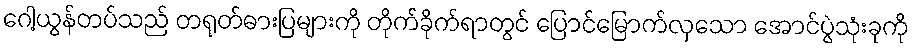
ဂေါ့ယွန်တပ်သည် တရုတ်ဓားပြများကို တိုက်ခိုက်ရာတွင် ပြောင်မြောက်လှသော အောင်ပွဲသုံးခုကို